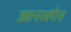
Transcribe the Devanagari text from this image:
ज्ञानखंगेन